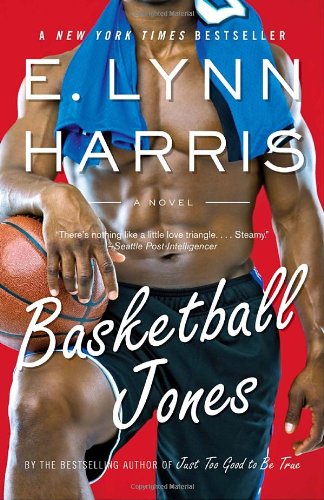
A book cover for Basketball Jones; E. Lynn Harris; Romance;